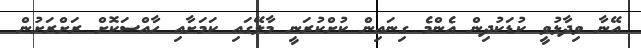
އޭނާ ވިދާޅުވީ ކުޑަކުދިން އެންމެ ގިނައިން ކުށްކުރަނީ މާލޭގައި ކަމަށާއި ހާއްސަކޮށް ރަށްރަށުން